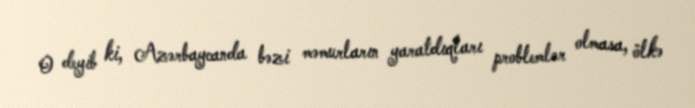
O deyib ki, Azərbaycanda bəzi məmurların yaratdıqları problemlər olmasa, ölkə